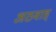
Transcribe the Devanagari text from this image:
अठवाड्